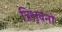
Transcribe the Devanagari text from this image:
त्रिभुवनों